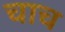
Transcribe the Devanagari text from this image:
चाच